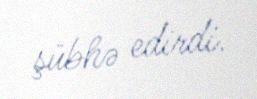
şübhə edirdi.